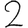
Digit: 2